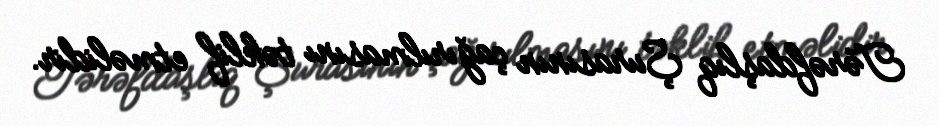
Tərəfdaşlıq Şurasının çağırılmasını təklif etməlidir.